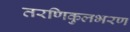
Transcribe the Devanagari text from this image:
तरणिकुलभरण